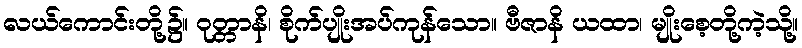
လယ်ကောင်းတို့၌။ ဝုတ္တာနိ၊ စိုက်ပျိုးအပ်ကုန်သော။ ဗီဇာနိ ယထာ၊ မျိုးစေ့တို့ကဲ့သို့။